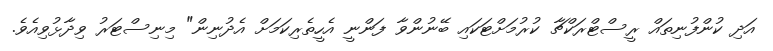
އަދި ކުންފުނިތައް ރީސްޓްރަކްޗާ ކުރުމަށްޓަކައި ބޭނުންވާ ފަންނީ އެހީތެރިކަމަށް އެދުނިން" މިނިސްޓަރު ވިދާޅުވިއެވެ.